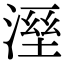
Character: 溼